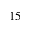
1 5